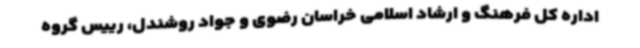
اداره کل فرهنگ و ارشاد اسلامی خراسان رضوی و جواد روشندل، رییس گروه